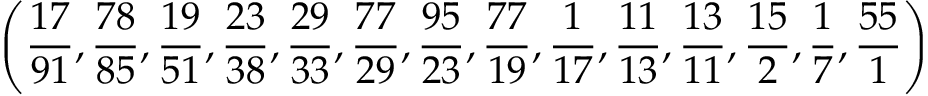
\left( { \frac { 1 7 } { 9 1 } } , { \frac { 7 8 } { 8 5 } } , { \frac { 1 9 } { 5 1 } } , { \frac { 2 3 } { 3 8 } } , { \frac { 2 9 } { 3 3 } } , { \frac { 7 7 } { 2 9 } } , { \frac { 9 5 } { 2 3 } } , { \frac { 7 7 } { 1 9 } } , { \frac { 1 } { 1 7 } } , { \frac { 1 1 } { 1 3 } } , { \frac { 1 3 } { 1 1 } } , { \frac { 1 5 } { 2 } } , { \frac { 1 } { 7 } } , { \frac { 5 5 } { 1 } } \right)